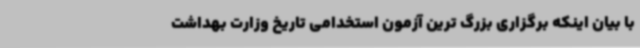
با بیان اینکه برگزاری بزرگ ترین آزمون استخدامی تاریخ وزارت بهداشت